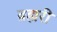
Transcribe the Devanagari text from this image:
ब्रह्मरी